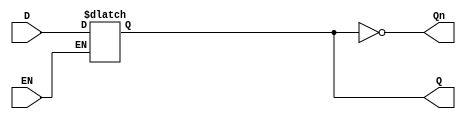
module GatedDLatch (
    input wire D,      // Data input
    input wire EN,     // Enable input
    output reg Q,      // Output
    output wire Qn     // Complement of Q
);

// Assign the complement of Q
assign Qn = ~Q;

// Always block to model the latch behavior
always @(*) begin
    if (EN) begin
        Q = D;  // When EN is high, Q follows D
    end
    // When EN is low, Q retains its value (latching behavior)
end

endmodule